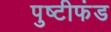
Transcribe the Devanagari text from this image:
पुष्टीफंड